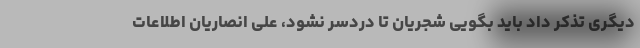
دیگری تذکر داد باید بگویی شجریان تا دردسر نشود، علی انصاریان اطلاعات